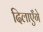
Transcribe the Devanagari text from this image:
दिलाएँगे